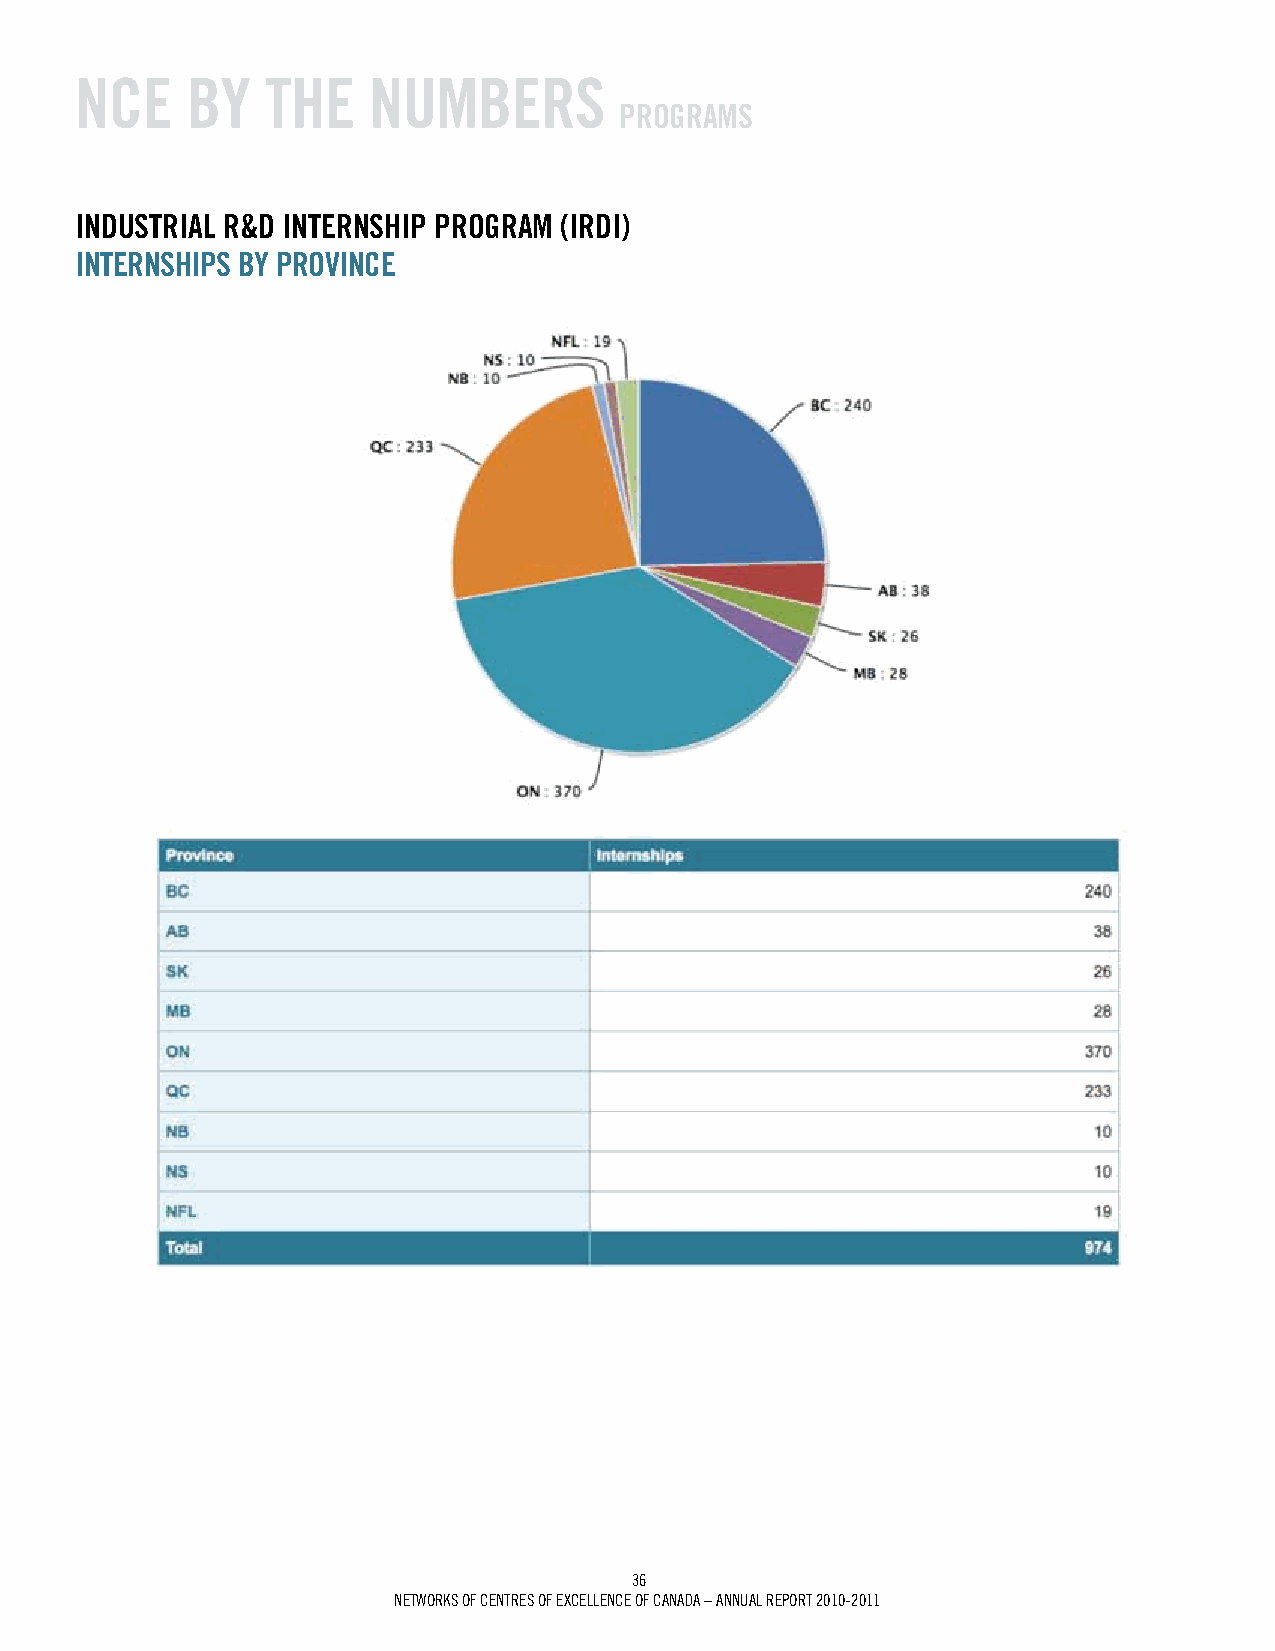
NCE    BY    ThE   NumBErS
 prOgrAmS
 iNduSTriAL r&d iNTErNShip prOgrAm (irdi)
 iNTErNShipS BY prOviNCE
 36
 Networks of ceNtres of excelleNce of caNada – aNNUal rePort 2010-2011